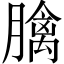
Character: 𦡬